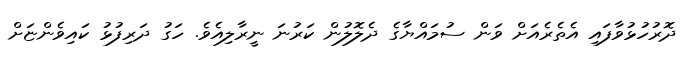
ދޮރުހުޅުވާފައި އެތެރެއަށް ވަން ސުމައްޔާގެ ދެލޮލުން ކަރުނަ ނީރާލިއެވެ. ހަގު ދަރިފުޅު ކައިވެންޏަށް